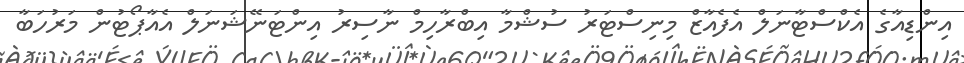
އިންޑިއާގެ އެކްސްޓާނަލް އެފެއާޒް މިނިސްޓަރު ސުޝްމާ އިބްރާހިމް ނާސިރު އިންޓަނޭޝަނަލް އެއާޕޯޓުން މަރުހަބާ